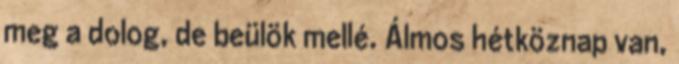
meg a dolog, de beülök mellé. Álmos hétköznap van,